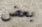
بعض